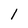
Character: 1